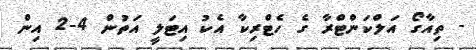
- ތިއާގޯ އަލްކަންޓްރާ ގެ ހެޓްރިކާ އެކު އިޓަލީ އަތުން 4-2 އިން